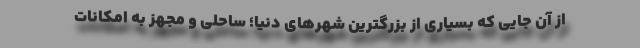
از آن جایی که بسیاری از بزرگترین شهرهای دنیا؛ ساحلی و مجهز به امکانات